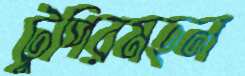
টুপিরমহল